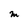
Character: m